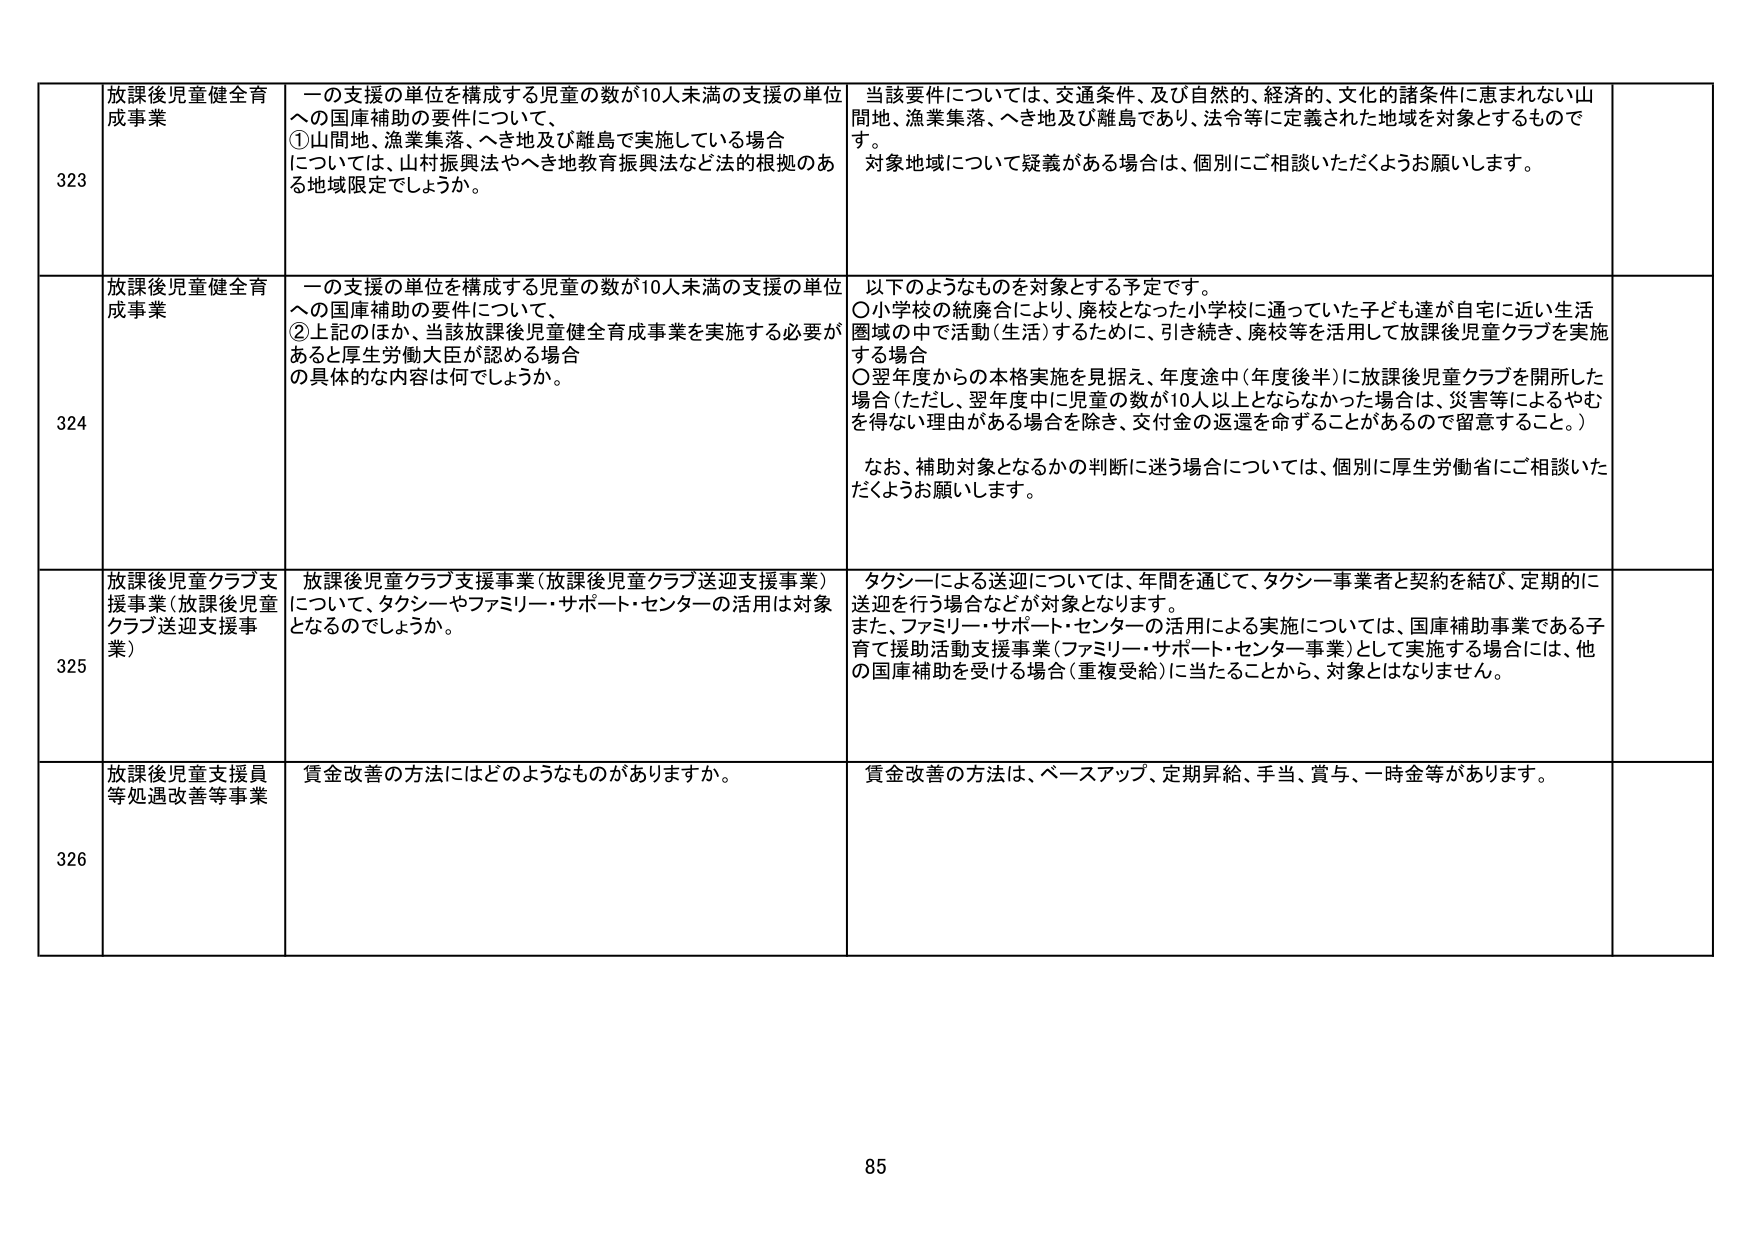
323 放課後児童健全育成事業 一の支援の単位を構成する児童の数が10人未満の支援の単位への国庫補助の要件について、①山間地、漁業集落、へき地及び離島で実施している場合については、山村振興法やへき地教育振興法など法的根拠のある地域限定でしょうか。 当該要件については、交通条件、及び自然的、経済的、文化的諸条件に恵まれない山間地、漁業集落、へき地及び離島であり、法令等に定義された地域を対象とするものです。対象地域について疑義がある場合は、個別にご相談いただくようお願いします。

324 放課後児童健全育成事業 一の支援の単位を構成する児童の数が10人未満の支援の単位への国庫補助の要件について、②上記のほか、当該放課後児童健全育成事業を実施する必要があると厚生労働大臣が認める場合の具体的な内容は何でしょうか。 以下のようなものを対象とする予定です。〇小学校の統廃合により、廃校となった小学校に通っていた子ども達が自宅に近い生活圏域の中で活動（生活）するために、引き続き、廃校等を活用して放課後児童クラブを実施する場合〇翌年度からの本格実施を見据え、年度途中（年度後半）に放課後児童クラブを開所した場合（ただし、翌年度中に児童の数が10人以上とならなかった場合は、災害等によるやむを得ない理由がある場合を除き、交付金の返還を命ずることがあるので留意すること。）なお、補助対象となるかの判断に迷う場合については、個別に厚生労働省にご相談いただくようお願いします。

325 放課後児童クラブ支援事業（放課後児童クラブ送迎支援事業）について、タクシーやファミリー・サポート・センターの活用は対象となるのでしょうか。 タクシーによる送迎については、年間を通じて、タクシー事業者と契約を結び、定期的に送迎を行う場合などが対象となります。また、ファミリー・サポート・センターの活用による実施については、国庫補助事業である子育て援助活動支援事業（ファミリー・サポート・センター事業）として実施する場合には、他の国庫補助を受ける場合（重複受給）に当たることから、対象とはなりません。

326 放課後児童支援員等処遇改善等事業 賃金改善の方法にはどのようなものがありますか。 賃金改善の方法は、ベースアップ、定期昇給、手当、賞与、一時金等があります。

85